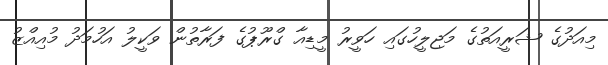
މިއަދުގެ ޝަރީއަތުގެ މަޖިލީހުގައި ހަވީރު މީޑިއާ ގްރޫޕުގެ ފަރާތުން ވަކީލު އަހުމަދު މުއިއްޒު